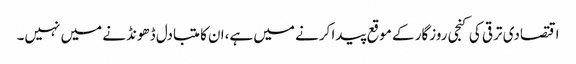
اقتصادی ترقی کی کنجی روزگار کے موقع پیدا کرنے میں ہے،ان کا متبادل ڈھونڈنے میں نہیں۔